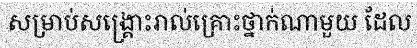
សម្រាប់សង្គ្រោះរាល់គ្រោះថ្នាក់ណាមួយ ដែល